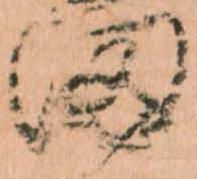
田